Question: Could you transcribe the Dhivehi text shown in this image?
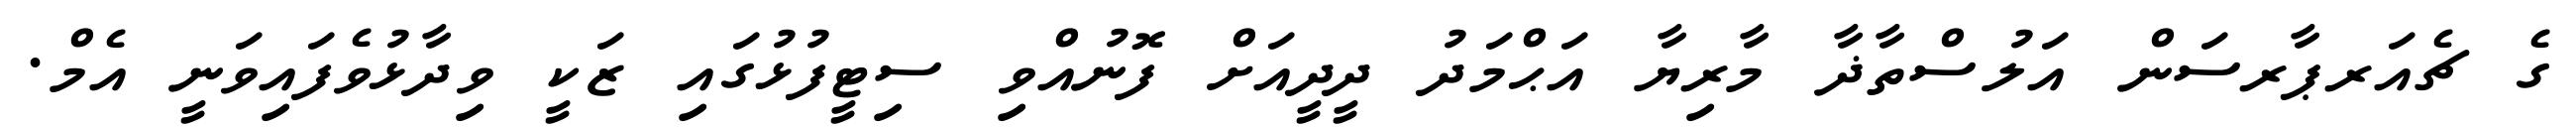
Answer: ގެ ޗެއަރޕާރސަން އަލުސްތާޛާ މާރިޔާ އަޙްމަދު ދީދީއަށް ފޮނުއްވި ސިޓީފުޅުގައި ޒަކީ ވިދާޅުވެފައިވަނީ އެމް.